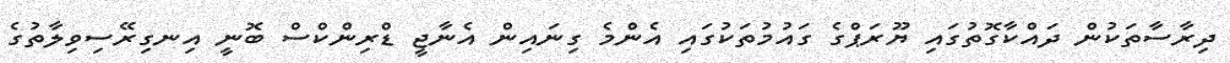
ދިރާސާތަކުން ދައްކާގޮތުގައި ޔޫރަޕްގެ ގައުމުތަކުގައި އެންމެ ގިނައިން އެނާޖީ ޑްރިންކްސް ބޮނީ އިނގިރޭސިވިލާތުގެ